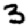
Digit: 3